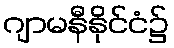
ဂျာမနီနိုင်ငံ၌